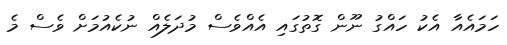
ހަމައެއާ އެކު ހައްގު ނޫން ގޮތުގައި އެއްވެސް މުދަލެއް ނުކެއުމަށް ވެސް މެ